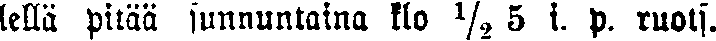
lellä pitää sunnuntaina klo ½ 5 i. p. ruots.